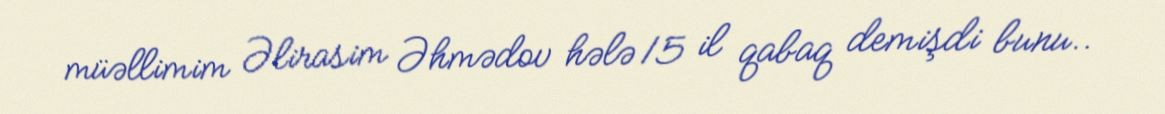
müəllimim Əlirasim Əhmədov hələ 15 il qabaq demişdi bunu..